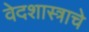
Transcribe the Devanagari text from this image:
वेदशास्त्राचे